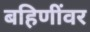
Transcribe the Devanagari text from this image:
बहिणींवर